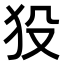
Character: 𤝈